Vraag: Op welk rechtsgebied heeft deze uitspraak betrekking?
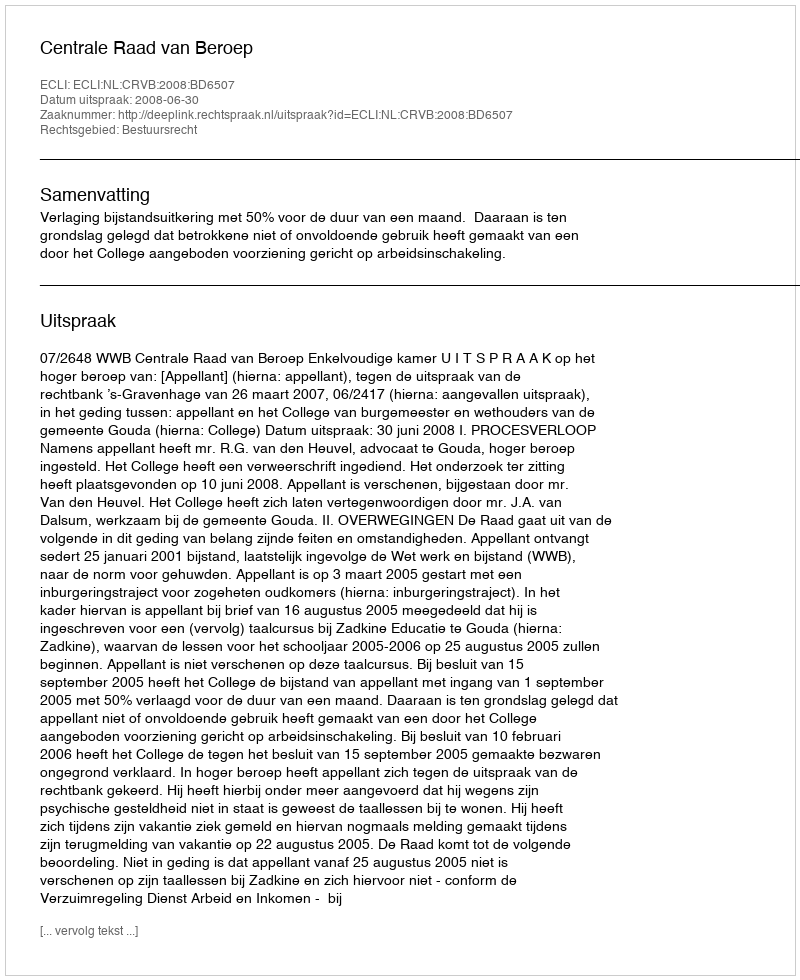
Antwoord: Bestuursrecht